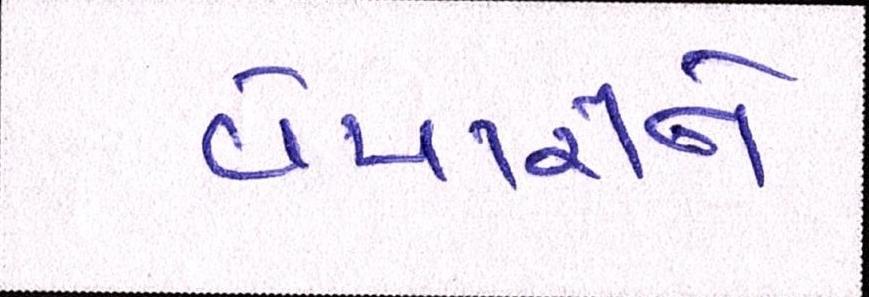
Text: વેપારીને